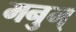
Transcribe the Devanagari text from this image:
मनुम्‌